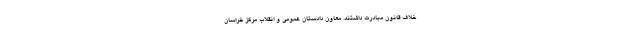
خلاف قانون مبادرت داشتند. معاون دادستان عمومی و انقلاب مرکز خراسان